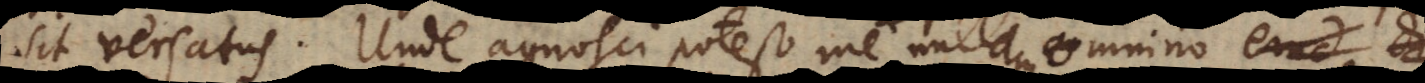
sit versatus. Unde agnosci potest me, qui nullo hic sectae